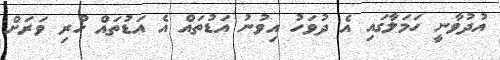
އުދުވާނީ ހަމަލާގައި އެ ދުވަހު އިވުނު އަޑުތައް އެ އަޑުތައް ހުރި ވަރަށް